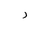
Letter: _ra